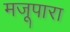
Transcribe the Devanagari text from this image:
मजूपारा